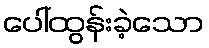
ပေါ်ထွန်းခဲ့သော